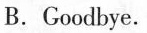
B.Goodbye.